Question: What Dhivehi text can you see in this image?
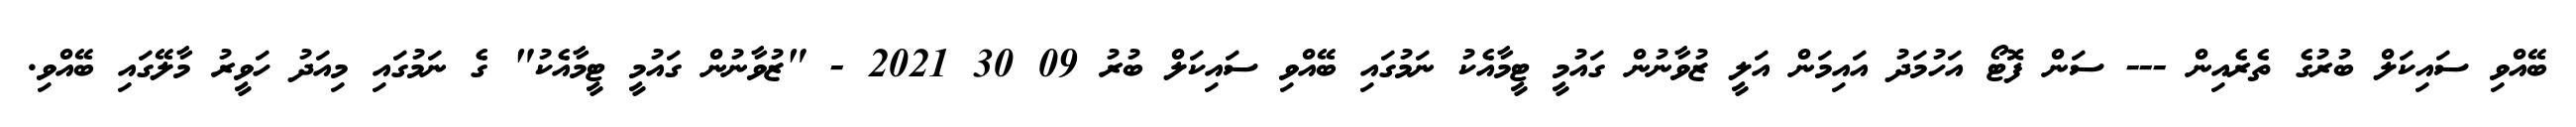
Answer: ބޭއްވި ސައިކަލް ބުރުގެ ތެރެއިން --- ސަން ފޮޓޯ އަހުމަދު އައިމަން އަލީ ޒުވާނުން ގައުމީ ޓީމާއެކު ނަމުގައި ބޭއްވި ސައިކަލް ބުރު 09 30 2021 - "ޒުވާނުން ގައުމީ ޓީމާއެކު" ގެ ނަމުގައި މިއަދު ހަވީރު މާލޭގައި ބޭއްވި.